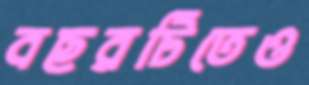
বছরটিতেও